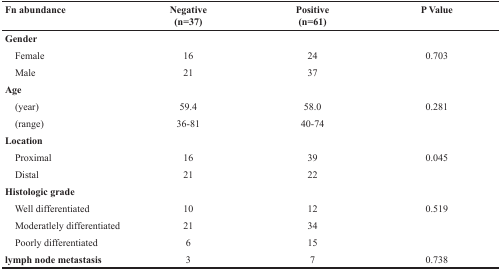
| Fn abundance | Negative(n=37) | Positive(n=61) | P Value |
 | --- | --- | --- | --- |
 | <COLSPAN=4> Gender |
 | Female | 16 | 24 | 0.703 |
 | Male | 21 | 37 |  |
 | <COLSPAN=4> Age |
 | (year) | 59.4 | 58.0 | 0.281 |
 | (range) | 36-81 | 40-74 |  |
 | <COLSPAN=4> Location |
 | Proximal | 16 | 39 | 0.045 |
 | Distal | 21 | 22 |  |
 | <COLSPAN=4> Histologic grade |
 | Well differentiated | 10 | 12 | 0.519 |
 | Moderatlely differentiated | 21 | 34 |  |
 | Poorly differentiated | 6 | 15 |  |
 | lymph node metastasis | 3 | 7 | 0.738 |